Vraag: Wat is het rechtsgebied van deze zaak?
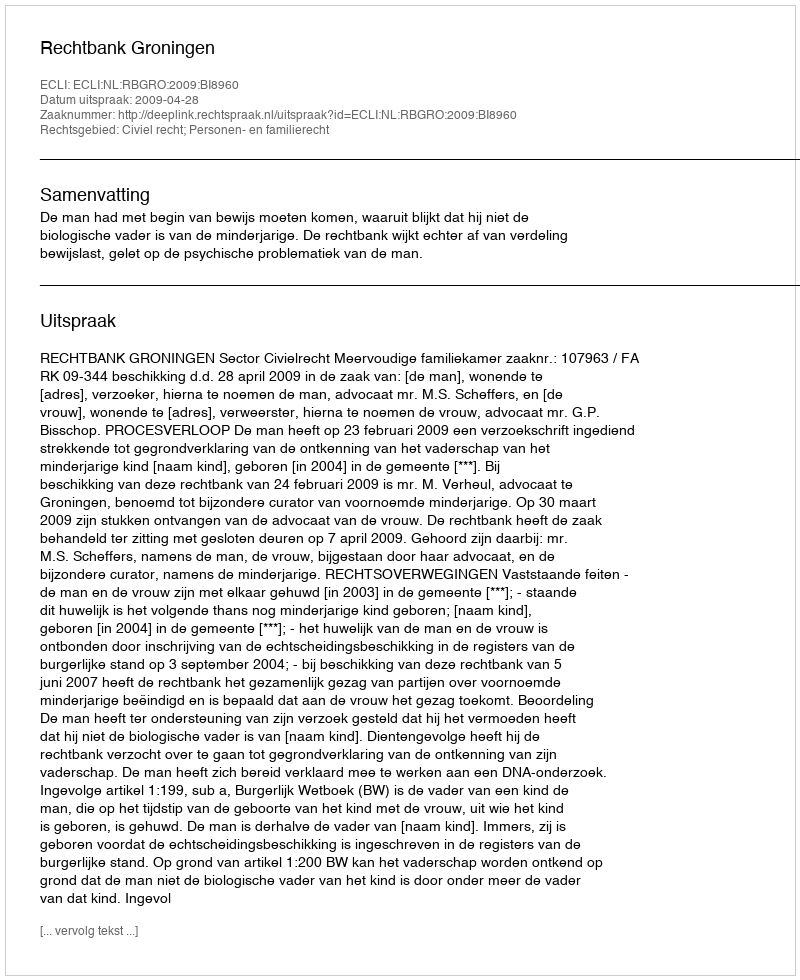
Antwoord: Civiel recht; Personen- en familierecht